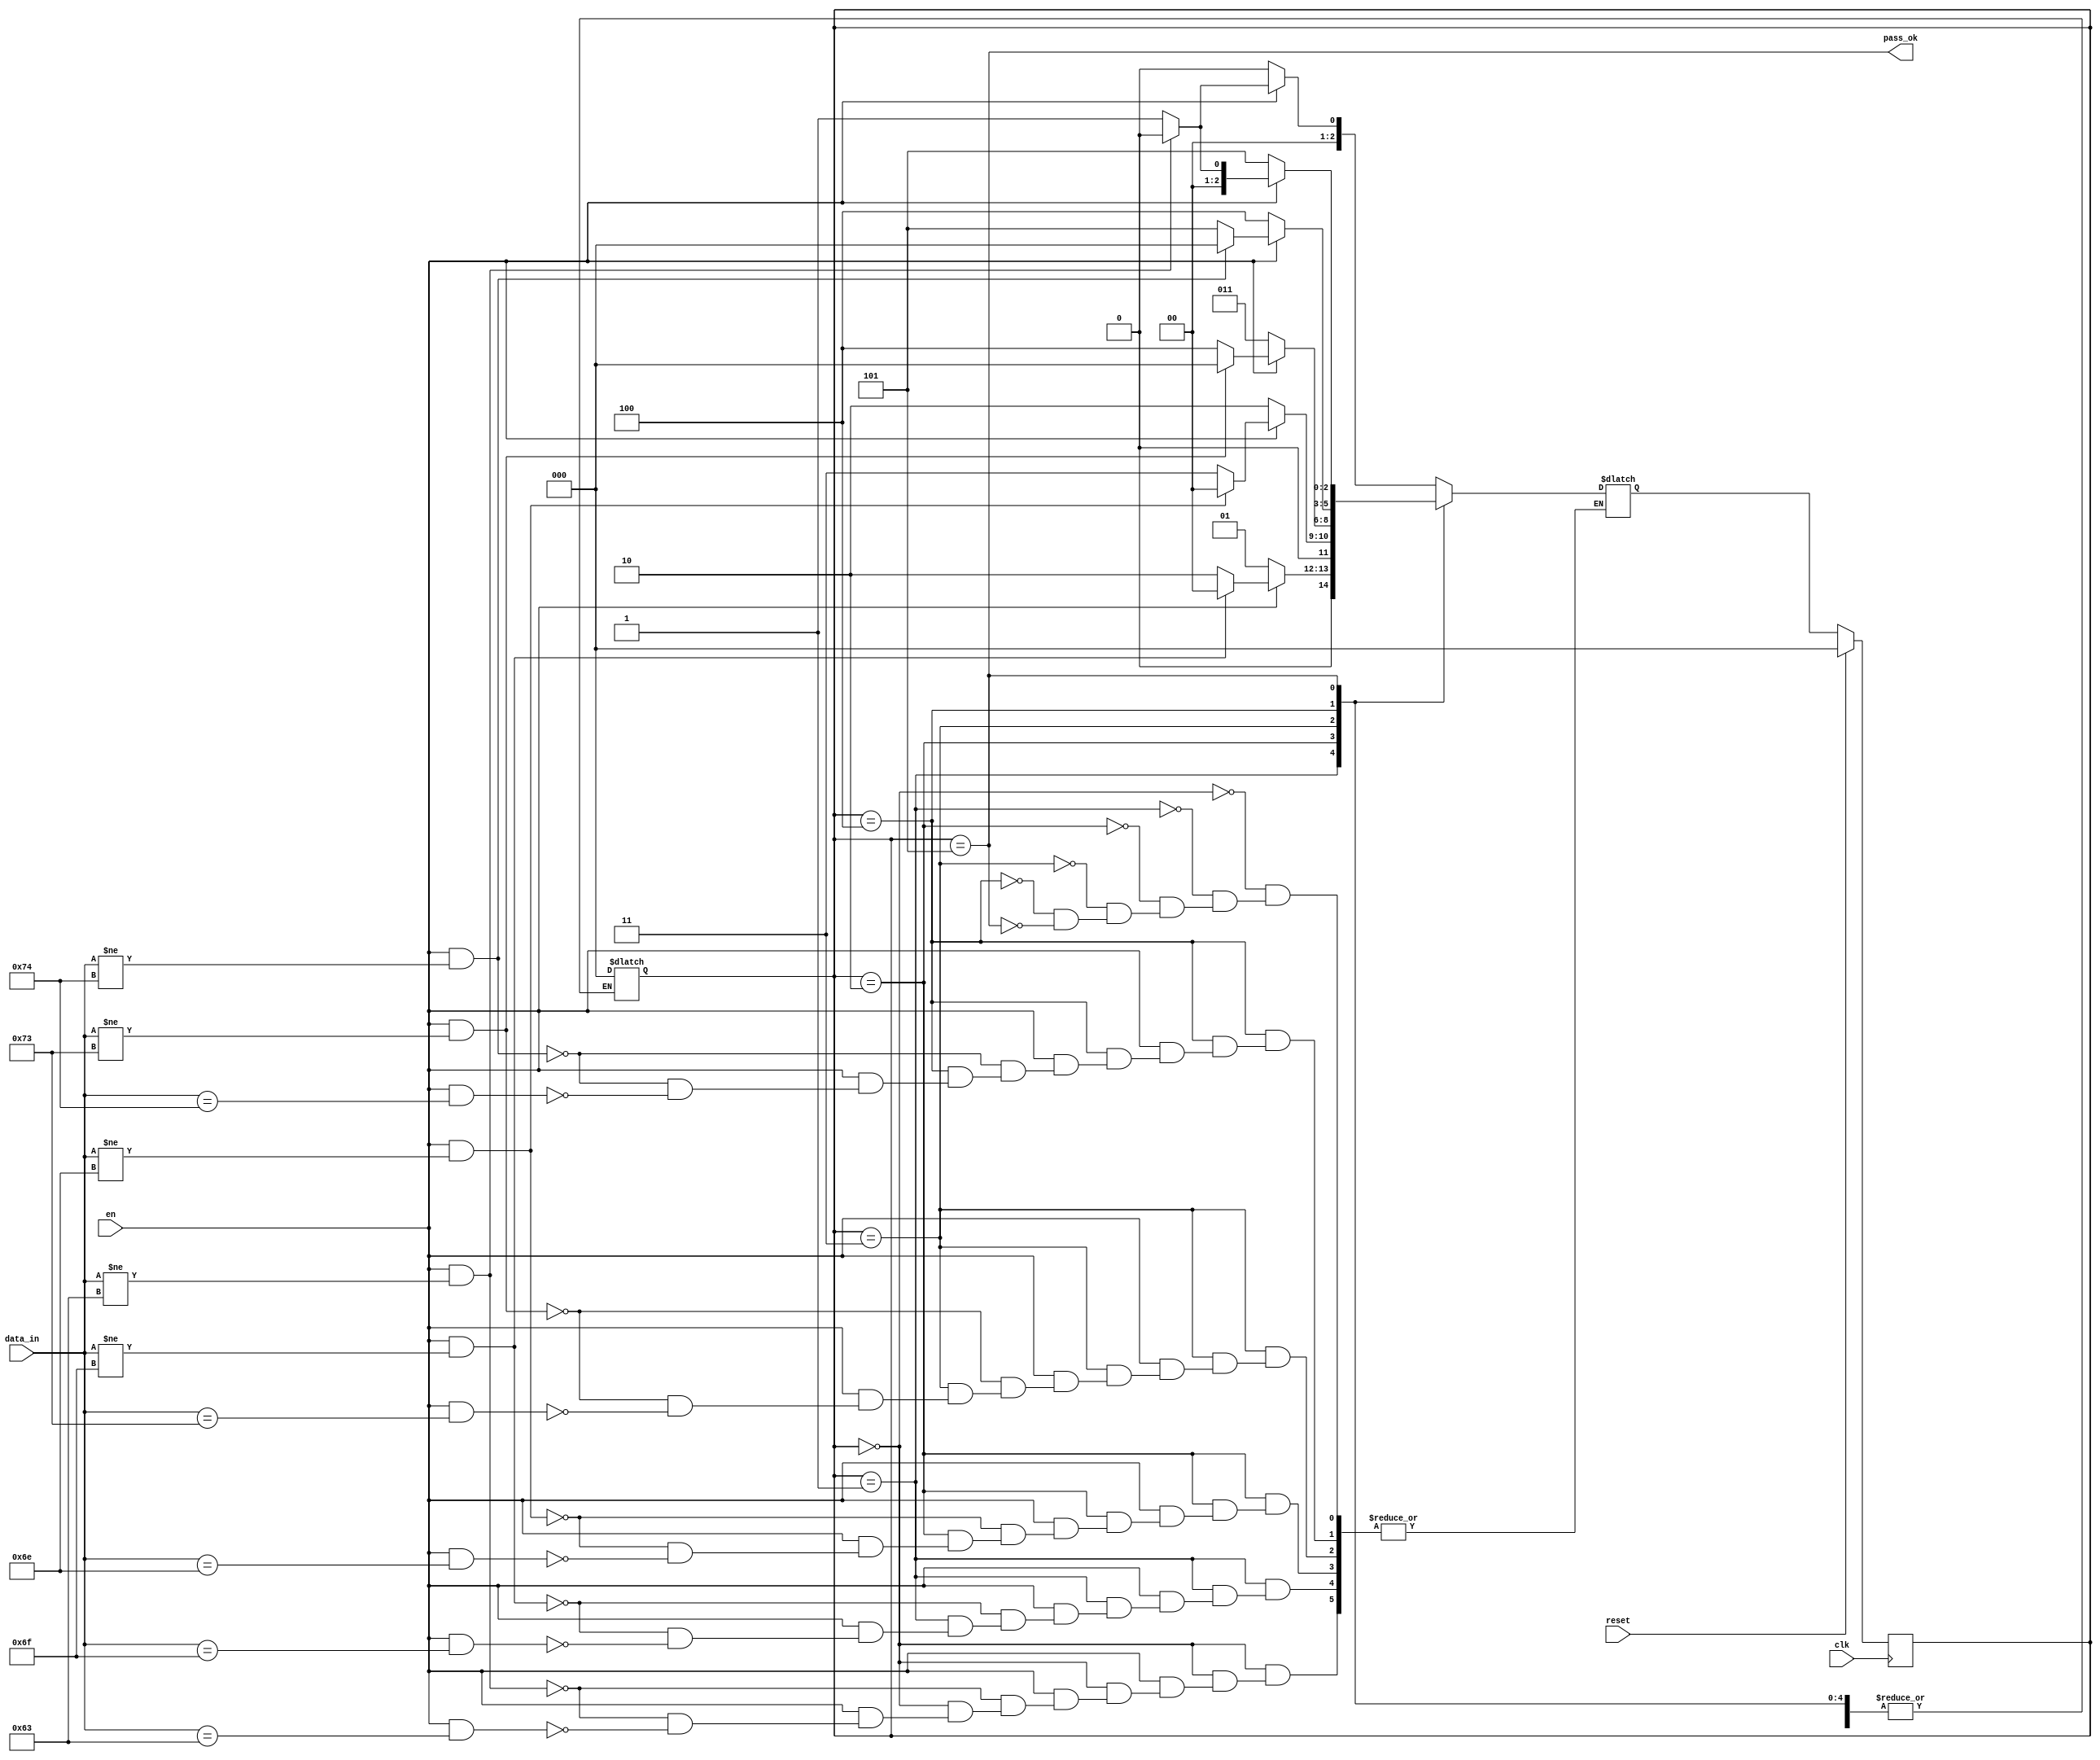
`timescale 1ns / 1ps
//////////////////////////////////////////////////////////////////////////////////
// Company: 
// Engineer: 
// 
// Design Name: 
// Module Name: pass_check_fsm
// Project Name: 
// Target Devices: 
// Tool Versions: 
// Description: 
// 
// Dependencies: 
// 
// Revision:
// Revision 0.01 - File Created
// Additional Comments:
// 
//////////////////////////////////////////////////////////////////////////////////


module pass_check_fsm(
    input en,
    input clk,
    input reset,
    input [7:0] data_in,
    output pass_ok
    );
    
    // parola: CAR
    localparam IDLE = 3'b000;
    localparam STARE_C = 3'b001;
    localparam STARE_O = 3'b010;
    localparam STARE_N = 3'b011;
    localparam STARE_S = 3'b100;
    localparam STARE_T = 3'b101;
    
    reg [2:0] state, state_next;
    
    always@(posedge clk) begin
        if(reset)
            state <= IDLE;
        else
            state <= state_next;
    end
    
    always@(*) begin
        case(state)
            IDLE: begin
                if(en == 0)
                    state_next = IDLE;
                else if(en == 1 && data_in != "c")
                    state_next = IDLE;
                else if(en == 1 && data_in == "c")
                    state_next = STARE_C;
            end
            STARE_C: begin
                if(en == 0)
                    state_next = STARE_C;
                else if(en == 1 && data_in != "o")
                    state_next = IDLE;
                else if(en == 1 && data_in == "o")
                    state_next = STARE_O;
            end
            STARE_O: begin
                if(en == 0)
                    state_next = STARE_O;
                else if(en == 1 && data_in != "n")
                    state_next = IDLE;
                else if(en == 1 && data_in == "n")
                    state_next = STARE_N;
            end
            STARE_N: begin
                if(en == 0)
                    state_next = STARE_N;
                else if(en == 1 && data_in != "s")
                    state_next = IDLE;
                else if(en == 1 && data_in == "s")
                    state_next = STARE_S;
            end
            STARE_S: begin
                if(en == 0)
                    state_next = STARE_S;
                else if(en == 1 && data_in != "t")
                    state_next = IDLE;
                else if(en == 1 && data_in == "t")
                    state_next = STARE_T;
            end
            STARE_T: begin
                if(en == 0)
                    state_next = STARE_T;
                else if(en == 1 && data_in != "c")
                    state_next = IDLE;
                else
                    state_next = STARE_C;
            end
            default: state = IDLE;
        endcase
    end
    
    assign pass_ok = (state == STARE_T);
    
endmodule